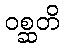
ဝစ္ဆတိ